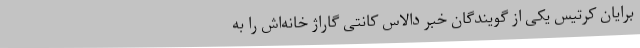
برایان کرتیس یکی از گویندگان خبر دالاس کانتی گاراژ خانه‌اش را به